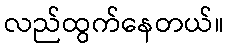
လည်ထွက်နေတယ်။